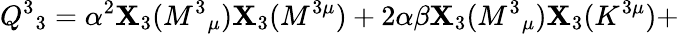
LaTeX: Q^{3}{}_{3}=\alpha^{2}\mathbf{X}_{3}(M^{3}{}_{\mu})\mathbf{X}_{3}(M^{3\mu})+2\alpha\beta\mathbf{X}_{3}(M^{3}{}_{\mu})\mathbf{X}_{3}(K^{3\mu})+